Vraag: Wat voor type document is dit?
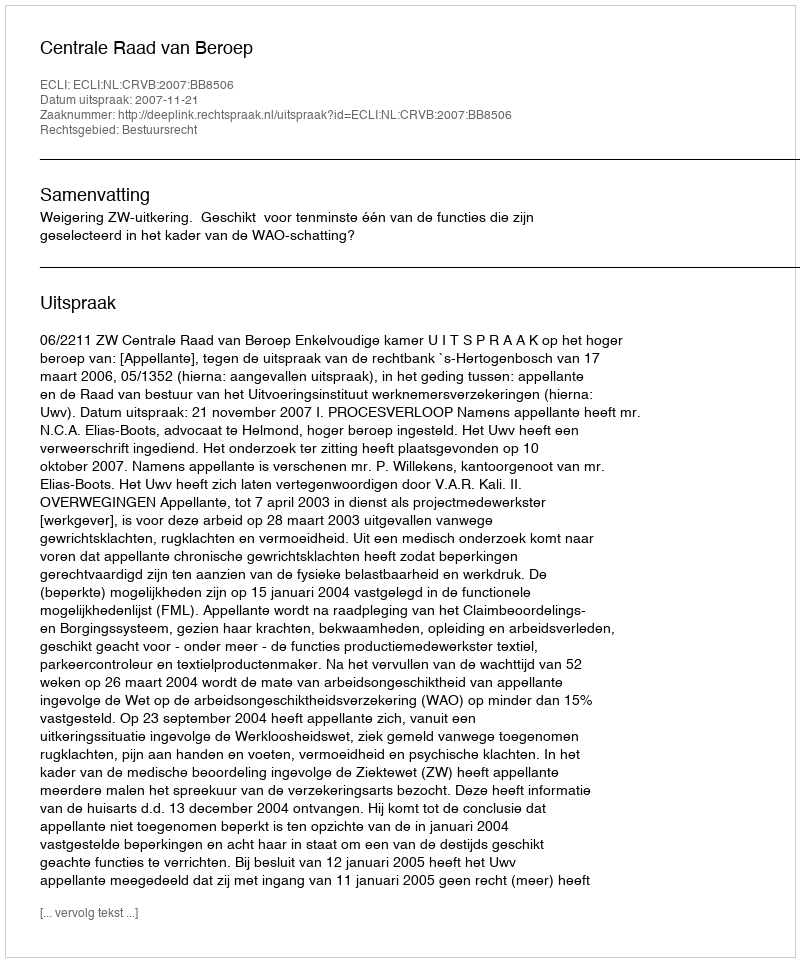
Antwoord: Uitspraak